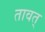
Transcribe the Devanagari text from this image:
तावत्